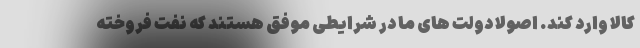
کالا وارد کند. اصولا دولت های ما در شرایطی موفق هستند که نفت فروخته